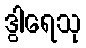
ဒွါရေသု